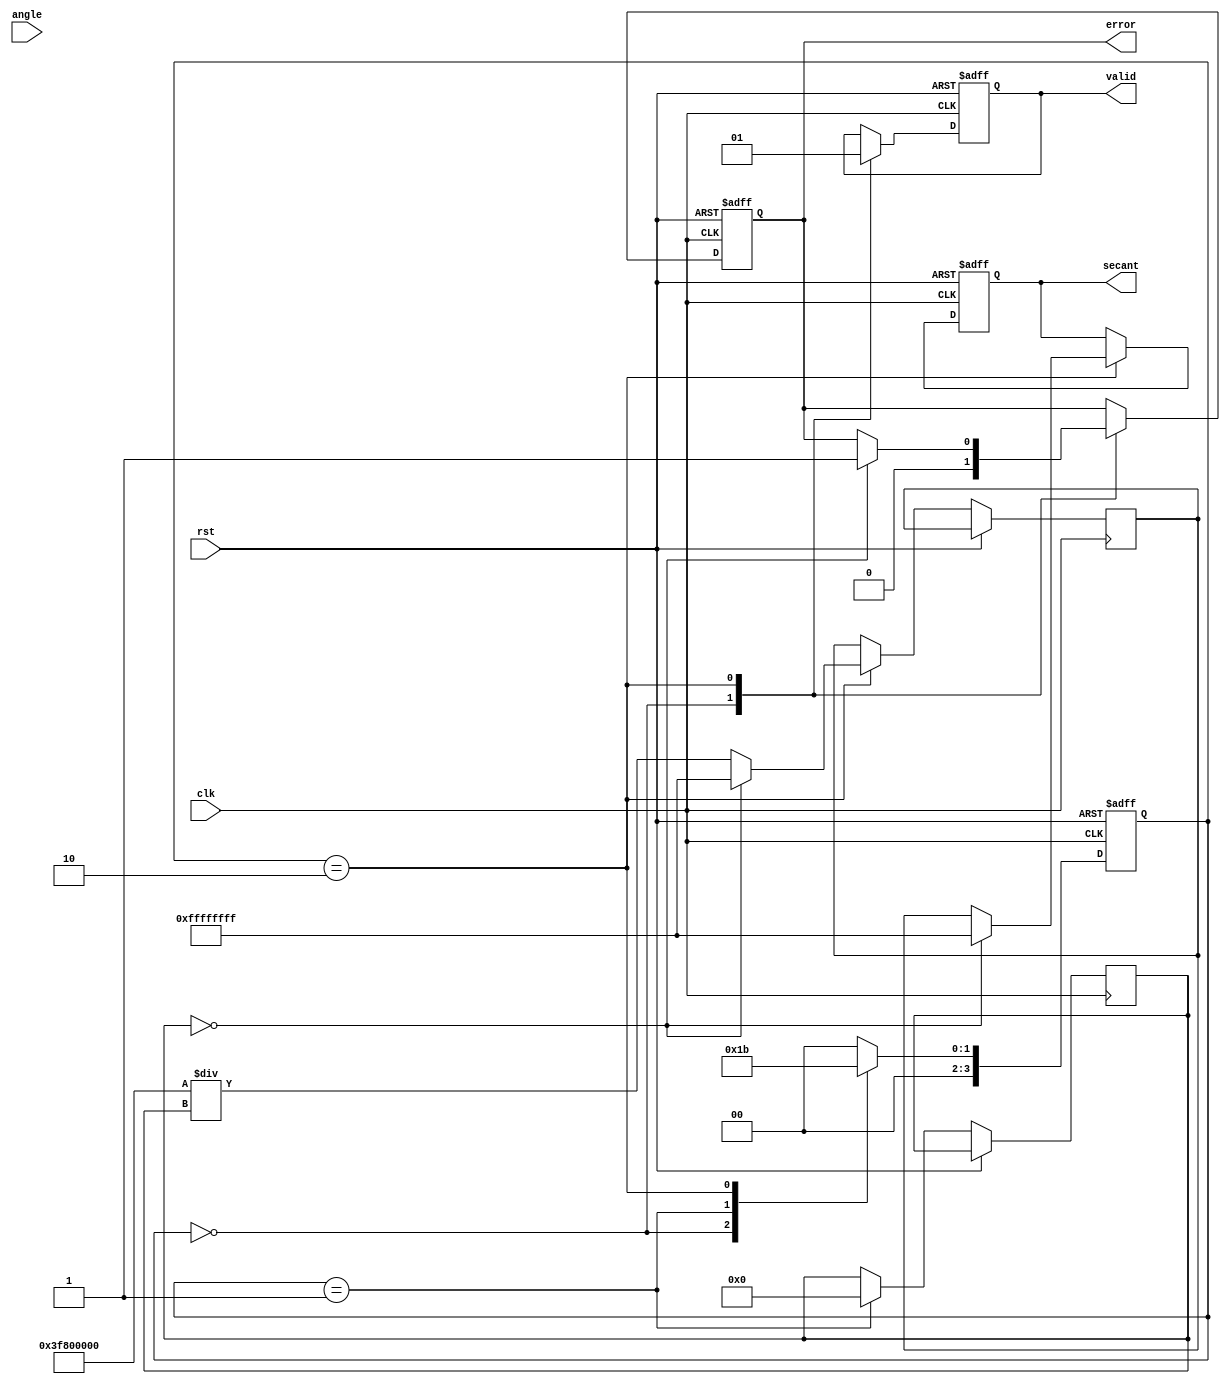
module secant_calculator (
    input wire clk,
    input wire rst,
    input wire [15:0] angle, // Input angle in radians (fixed-point representation)
    output reg [31:0] secant, // Output secant value
    output reg valid, // Output valid flag
    output reg error // Output error flag for division by zero
);

    // Internal signals
    reg [31:0] cosine; // Cosine value
    reg [31:0] cosine_squared; // Cosine squared for division
    reg [3:0] state; // State for FSM
    reg [31:0] reciprocal; // Reciprocal value

    // State encoding
    localparam IDLE = 4'b0000,
               CALC_COSINE = 4'b0001,
               CALC_RECIPROCAL = 4'b0010,
               DONE = 4'b0011;

    // Taylor series coefficients for cosine
    parameter C0 = 32'h3F800000; // 1.0 in fixed-point
    parameter C1 = 32'hBF6C28F5; // -0.5 in fixed-point
    parameter C2 = 32'h3D5A827A; // 0.04166667 in fixed-point
    parameter C3 = 32'hBDB6D6D6; // -0.00138889 in fixed-point

    // Cosine calculation using Taylor series expansion
    function [31:0] calculate_cosine(input [15:0] x);
        reg [31:0] x_squared;
        begin
            x_squared = (x * x) >> 16; // x^2
            calculate_cosine = C0 + (C1 * x) >> 16 + (C2 * x_squared) >> 16 + (C3 * x_squared * x_squared) >> 32;
        end
    endfunction

    // Reciprocal calculation
    function [31:0] calculate_reciprocal(input [31:0] value);
        begin
            if (value == 32'h00000000) begin
                calculate_reciprocal = 32'hFFFFFFFF; // Return a predefined value for division by zero
            end else begin
                calculate_reciprocal = (32'h3F800000 / value); // Simple division (1.0 / value)
            end
        end
    endfunction

    // FSM for control logic
    always @(posedge clk or posedge rst) begin
        if (rst) begin
            state <= IDLE;
            secant <= 32'h00000000;
            valid <= 0;
            error <= 0;
        end else begin
            case (state)
                IDLE: begin
                    valid <= 0;
                    error <= 0;
                    state <= CALC_COSINE;
                end
                
                CALC_COSINE: begin
                    cosine <= calculate_cosine(angle);
                    cosine_squared <= cosine * cosine; // Store cosine squared for later use
                    state <= CALC_RECIPROCAL;
                end
                
                CALC_RECIPROCAL: begin
                    reciprocal <= calculate_reciprocal(cosine);
                    if (cosine == 32'h00000000) begin
                        error <= 1; // Set error flag for division by zero
                        secant <= 32'hFFFFFFFF; // Predefined value for secant
                    end else begin
                        secant <= reciprocal; // Set secant value
                    end
                    valid <= 1; // Set valid flag
                    state <= DONE;
                end
                
                DONE: begin
                    // Wait for next input
                    state <= IDLE;
                end
                
                default: state <= IDLE;
            endcase
        end
    end

endmodule